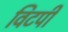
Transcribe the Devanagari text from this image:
विटपी